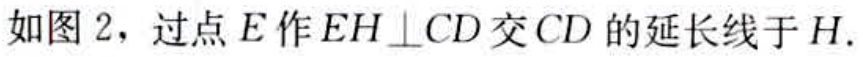
如图 2，过点\(E\)作\(EH\perp CD\)交\(CD\)的延长线于\(H\).